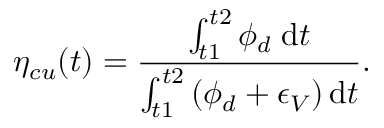
\eta _ { c u } ( t ) = \frac { \int _ { t 1 } ^ { t 2 } \phi _ { d } \; \mathrm { d } t } { \int _ { t 1 } ^ { t 2 } \left( \phi _ { d } + \epsilon _ { V } \right) \mathrm { d } t } .